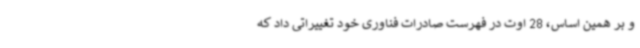
و بر همین اساس، 28 اوت در فهرست صادرات فناوری خود تغییراتی داد که